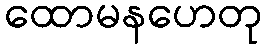
ထောမနဟေတု